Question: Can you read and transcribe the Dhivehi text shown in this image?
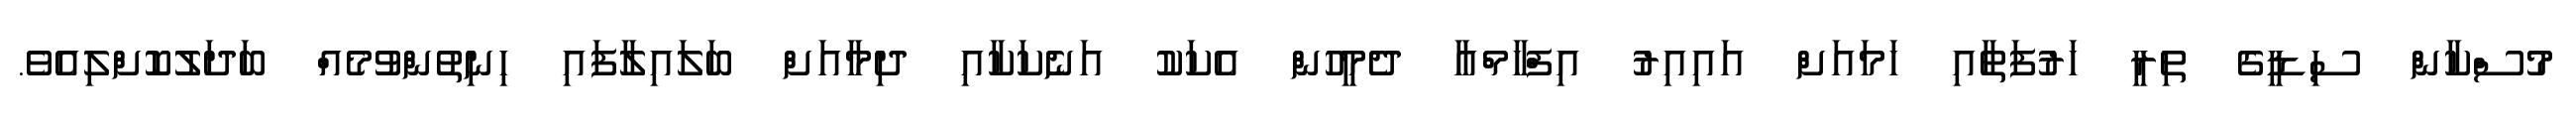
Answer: މުސްކާން ސިޑީގެ ތިރީ ހަރުފަތާއި ހަމައަށް އައިއިރު އިފްހާމްއާ ދެމީހުން އެކަކު އަނެކަކާއި ދިމާއަށް ބަލައިލާފައި ހިނިތުންވުމެއް ބަދަލުކޮށްލިއެވެ.